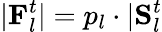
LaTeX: |\mathbf{F}_{l}^{t}|=p_{l}\cdot|\mathbf{S}_{l}^{t}